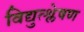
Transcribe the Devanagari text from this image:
विद्युत्श्लेषण